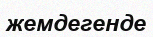
жемдегенде